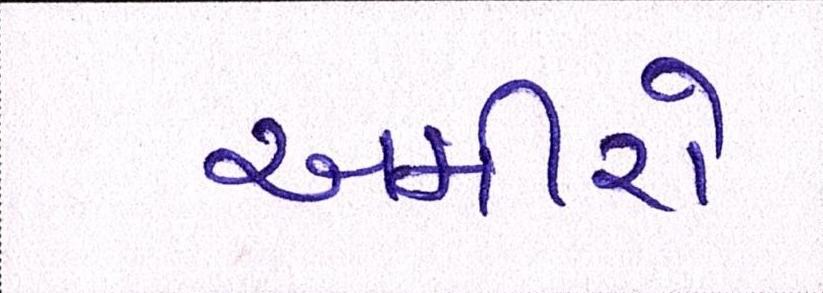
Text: અમીરો